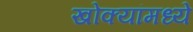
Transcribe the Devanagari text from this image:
खोक्यांमध्ये